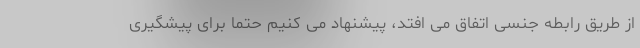
از طریق رابطه جنسی اتفاق می افتد، پیشنهاد می کنیم حتما برای پیشگیری